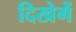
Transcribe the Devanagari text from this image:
दिखेगें